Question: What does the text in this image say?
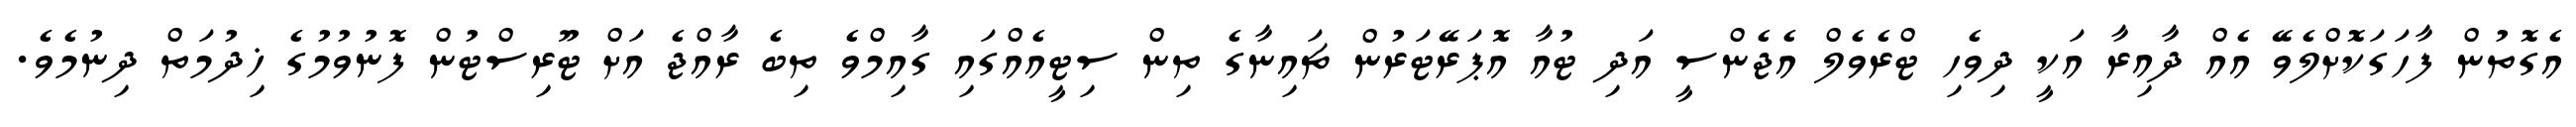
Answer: އެގޮތުން ފާހަގަކޮށްލެވޭ އެއް ދާއިރާ އަކީ ދިވެހި ޓްރެވެލް އެޖެންސީ އަދި ޓުއާ އޮޕަރޭޓަރުން ޗައިނާގެ ތިން ސިޓީއެއްގައި ގާއިމްވެ ތިބެ ރާއްޖެ އަށް ޓޫރިސްޓުން ފޮނުވުމުގެ ޚިދުމަތް ދިނުމެވެ.